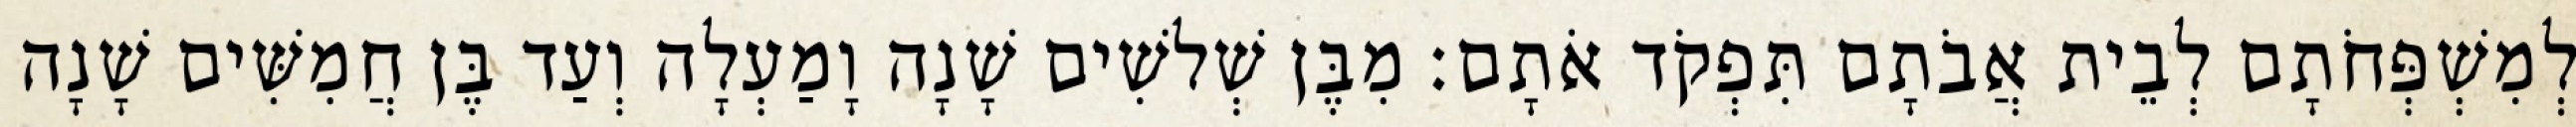
לְמִשְׁפְּחֹתָם לְבֵית אֲבֹתָם תִּפְקֹד אֹתָם׃ מִבֶּן שְׁלשִׁים שָׁנָה וָמַעְלָה וְעַד בֶּן חֲמִשִּׁים שָׁנָה